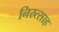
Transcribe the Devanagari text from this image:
निस्र्त्साह